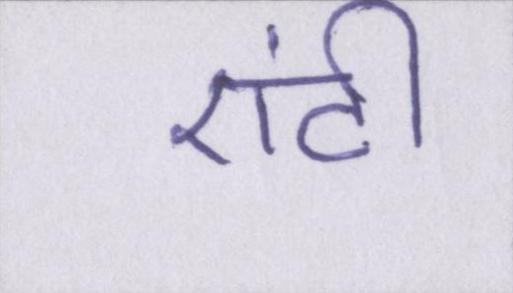
एंटी